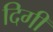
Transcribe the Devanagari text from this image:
दिगी